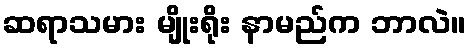
ဆရာသမား မျိုးရိုး နာမည်က ဘာလဲ။